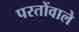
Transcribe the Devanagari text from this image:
परतोंवाले